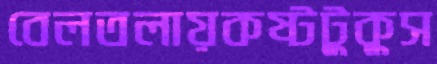
বেলতলায়কষ্টটুকুস